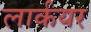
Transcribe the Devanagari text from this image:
लार्कयर